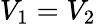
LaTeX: V_{1}=V_{2}